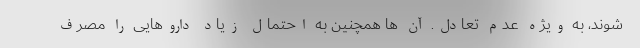
شوند، به ویژه عدم تعادل. آن ها همچنین به احتمال زیاد داروهایی را مصرف